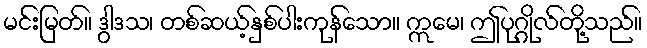
မင်းမြတ်။ ဒွါဒသ၊ တစ်ဆယ့်နှစ်ပါးကုန်သော။ ဣမေ၊ ဤပုဂ္ဂိုလ်တို့သည်။